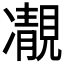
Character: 𩇟